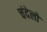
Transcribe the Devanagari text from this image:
चंदेलो